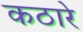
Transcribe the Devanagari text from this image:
कठारे